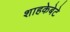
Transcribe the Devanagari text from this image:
शाहकेबेटे